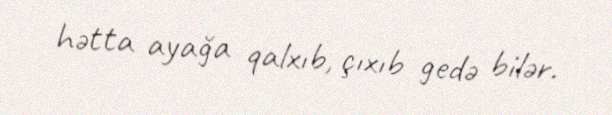
hətta ayağa qalxıb, çıxıb gedə bilər.